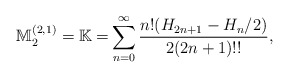
\begin{align*}\mathbb{M}_{2}^{(2,1)}\allowbreak =\allowbreak \mathbb{K\allowbreak=\allowbreak }\sum_{n=0}^{\infty }\frac{n!(H_{2n+1}-H_{n}/2)}{2(2n+1)!!},\end{align*}